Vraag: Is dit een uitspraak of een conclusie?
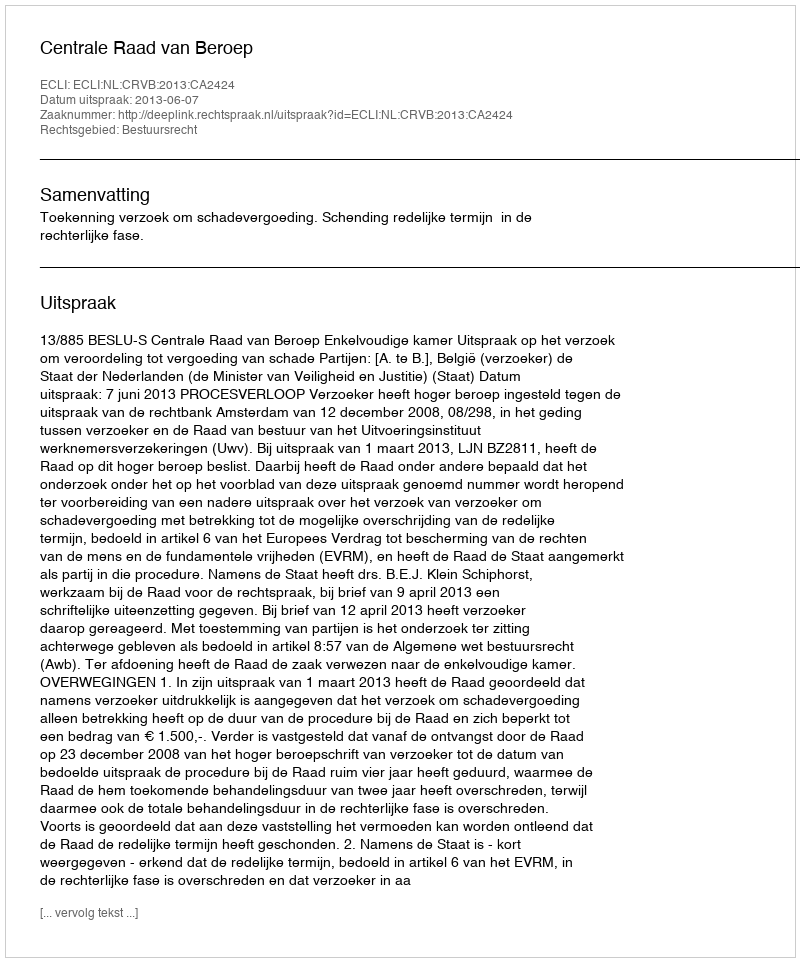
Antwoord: Uitspraak